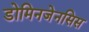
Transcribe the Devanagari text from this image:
डोमिनजेनसिस